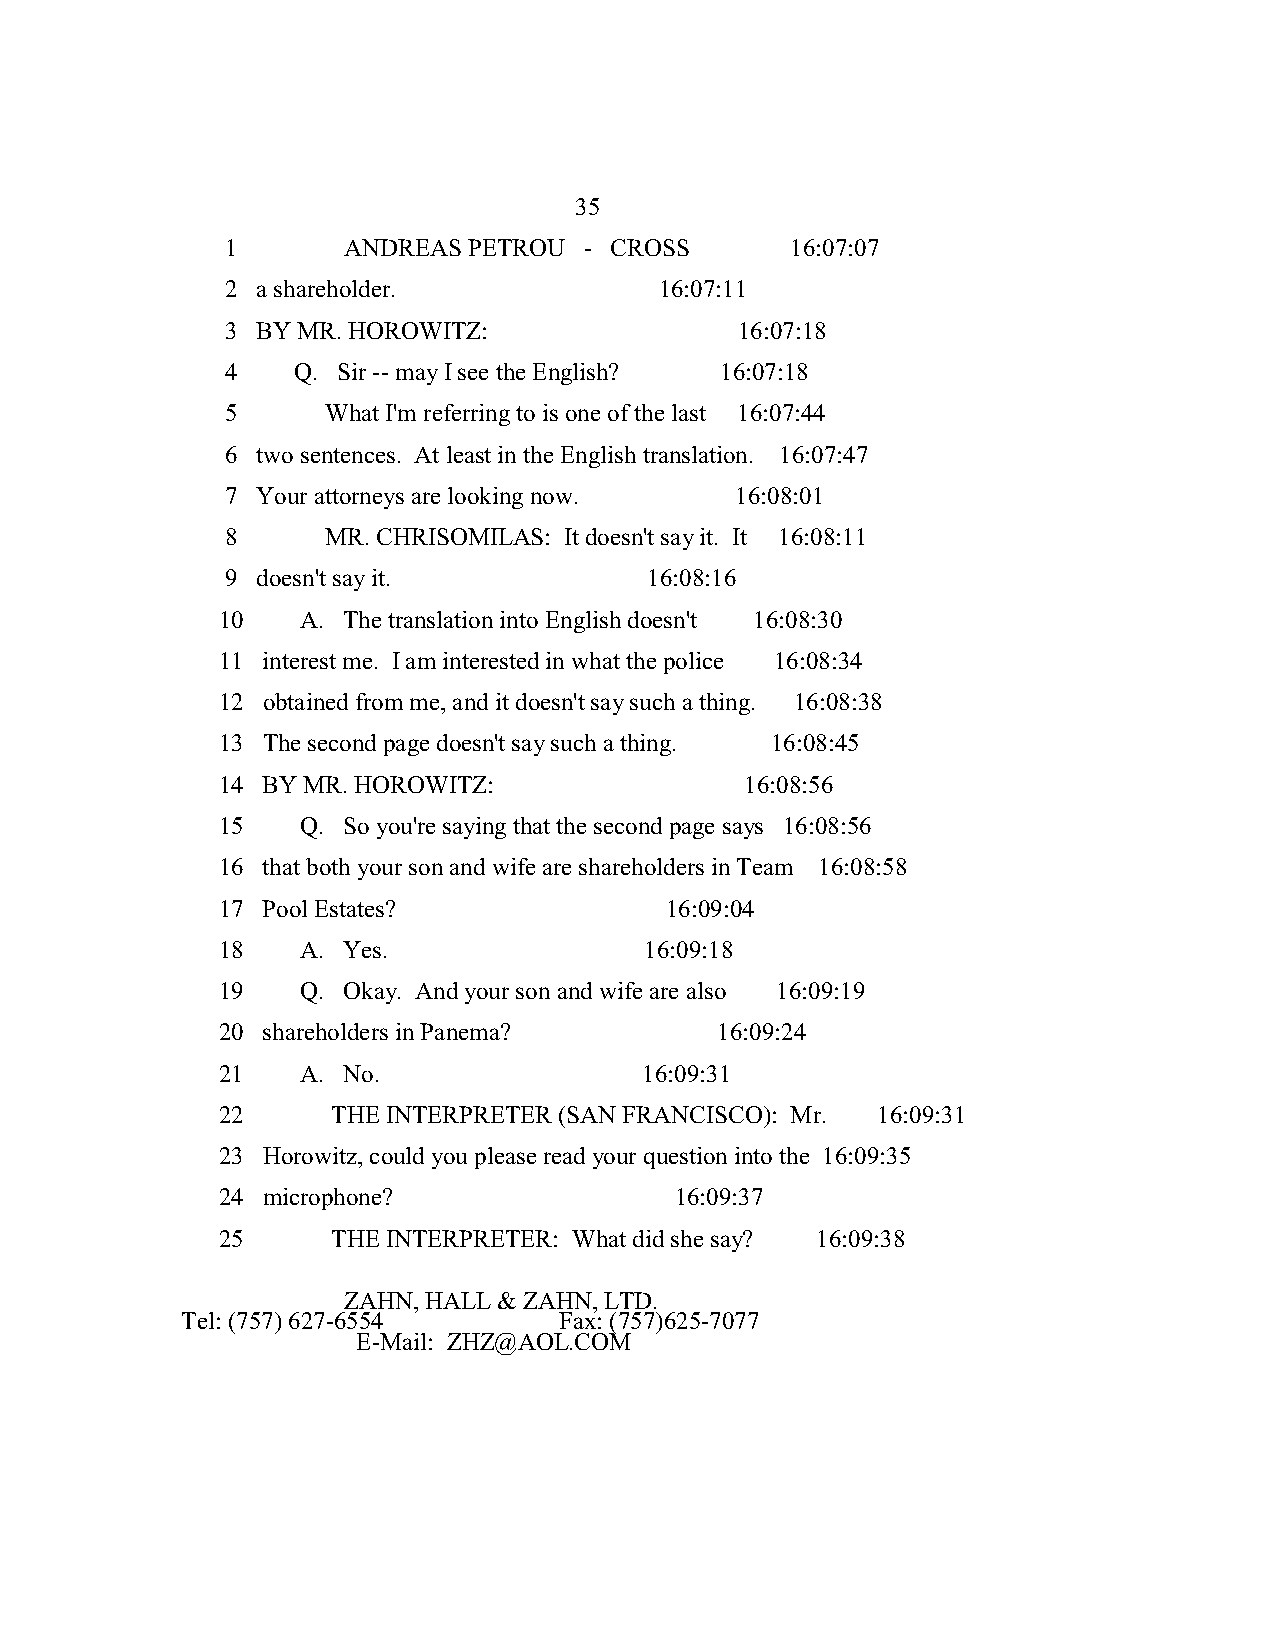
35
 1       ANDREAS PETROU  - CROSS      16:07:07
 2 a shareholder.             16:07:11
 3 BY MR. HOROWITZ:                16:07:18
 4   Q. Sir -- may I see the English? 16:07:18
 5      What I'm referring to is one of the last 16:07:44
 6 two sentences. At least in the English translation. 16:07:47
 7 Your attorneys are looking now. 16:08:01
 8      MR. CHRISOMILAS: It doesn't say it. It 16:08:11
 9 doesn't say it.           16:08:16
 10    A. The translation into English doesn't 16:08:30
 11 interest me. I am interested in what the police 16:08:34
 12 obtained from me, and it doesn't say such a thing. 16:08:38
 13 The second page doesn't say such a thing. 16:08:45
 14 BY MR. HOROWITZ:                16:08:56
 15    Q. So you're saying that the second page says 16:08:56
 16 that both your son and wife are shareholders in Team 16:08:58
 17 Pool Estates?              16:09:04
 18    A. Yes.                16:09:18
 19    Q. Okay. And your son and wife are also 16:09:19
 20 shareholders in Panema?       16:09:24
 21    A. No.                 16:09:31
 22      THE INTERPRETER (SAN FRANCISCO): Mr. 16:09:31
 23 Horowitz, could you please read your question into the 16:09:35
 24 microphone?                 16:09:37
 25      THE INTERPRETER: What did she say? 16:09:38
 ZAHN, HALL & ZAHN, LTD.
 Tel: (757) 627-6554      Fax: (757)625-7077
 E-Mail: ZHZ@AOL.COM